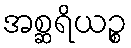
အစ္ဆရိယဉ္စ